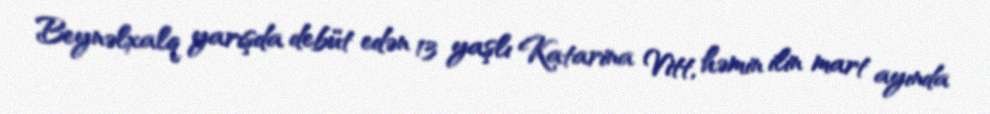
Beynəlxalq yarışda debüt edən 13 yaşlı Katarina Vitt, həmin ilin mart ayında